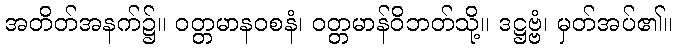
အတိတ်အနက်၌။ ဝတ္တမာနဝစနံ၊ ဝတ္တမာန်ဝိဘတ်သို့။ ဒဋ္ဌဗ္ဗံ၊ မှတ်အပ်၏။